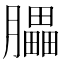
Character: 𦢏